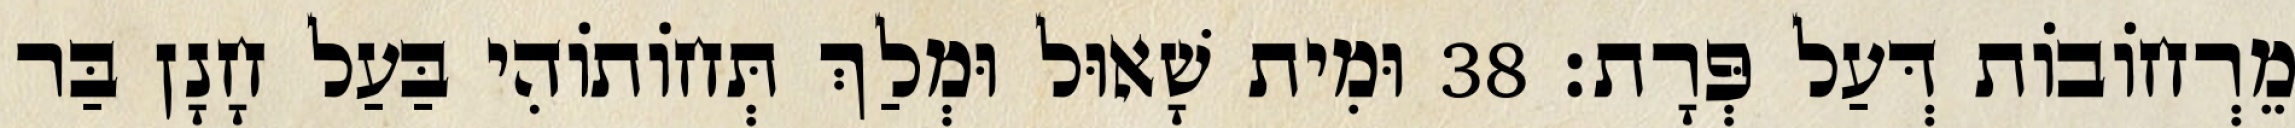
מֵרְחוֹבוֹת דְּעַל פְּרָת׃ 38 וּמִית שָׁאוּל וּמְלַךְ תְּחוֹתוֹהִי בַּעַל חָנָן בַּר